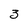
Character: 3